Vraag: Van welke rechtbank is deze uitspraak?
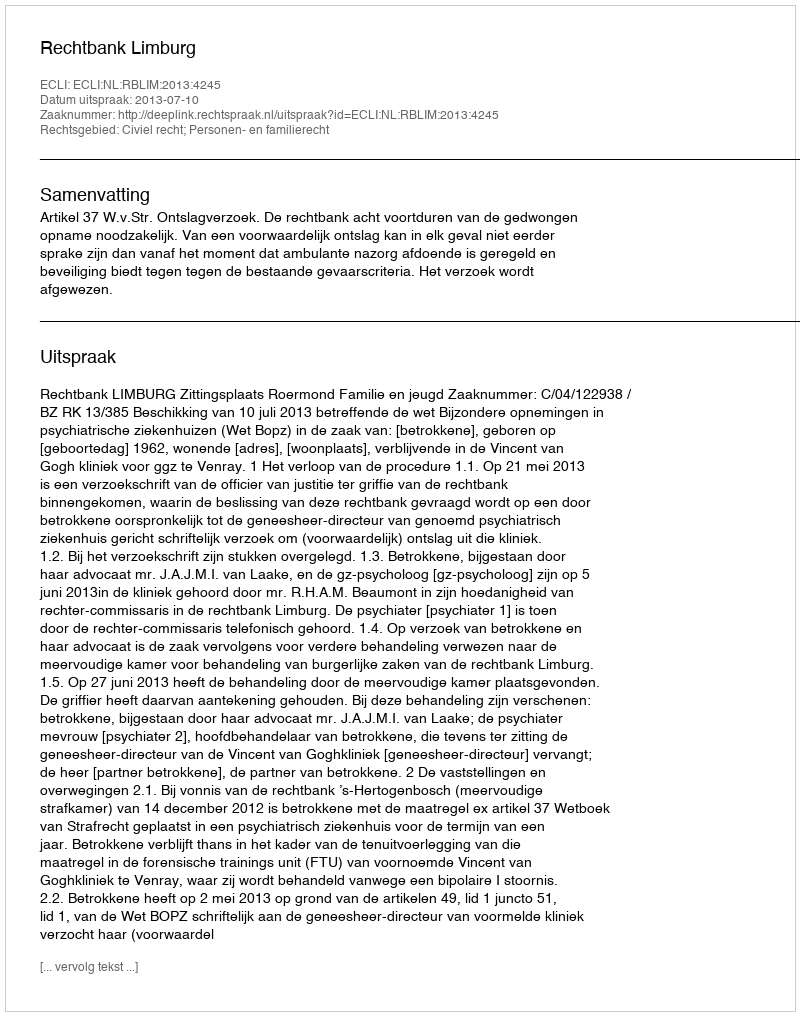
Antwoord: Rechtbank Limburg